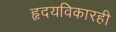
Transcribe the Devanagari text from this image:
हृदयविकारही